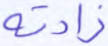
زادته